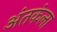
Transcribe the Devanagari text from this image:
अंतकंला